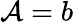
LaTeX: \mathcal{A}=b